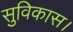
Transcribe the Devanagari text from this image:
सुविकास।